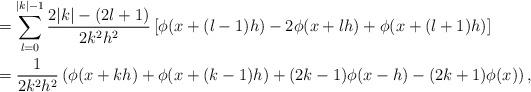
LaTeX: \begin{align*}&=\sum_{l=0}^{|k|-1} \frac{2|k|-(2l+1)}{2k^2h^2}\left[ \phi(x+(l-1)h)-2\phi(x+lh) + \phi(x+(l+1)h) \right] \\&=\frac{1}{2k^2h^2}\left( \phi(x+kh)+\phi(x+(k-1)h)+(2k-1)\phi(x-h)-(2k+1)\phi(x) \right),\end{align*}